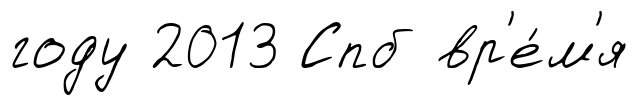
году 2013 Спб вр'е́м'я